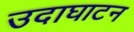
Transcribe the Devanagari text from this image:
उदाघाटन